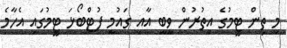
މި ތިން ޓީމުގެ އިތުރުން ވީބީ އާއި ގައުމީ ފުޓްބޯޅަ ޓީމުގައި އެހާމެ